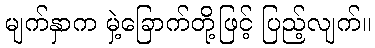
မျက်နှာက မှဲ့ခြောက်တို့ဖြင့် ပြည့်လျက်။